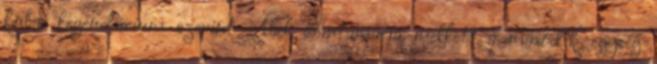
kubai legendárium szerint Abel Santamaría mellett a második egység